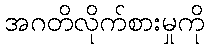
အဂတိလိုက်စားမှုကို